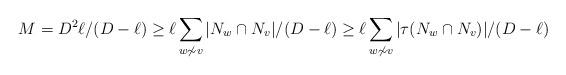
LaTeX: \begin{align*}M = D^2\ell/(D-\ell) \geq \ell\sum_{w\not\sim v}|N_w\cap N_v|/(D-\ell)\geq \ell\sum_{w\not\sim v}|\tau(N_w\cap N_v)|/(D-\ell)\end{align*}